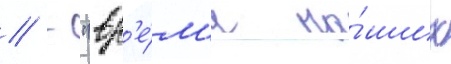
// - "вр'е́м'я на́ших